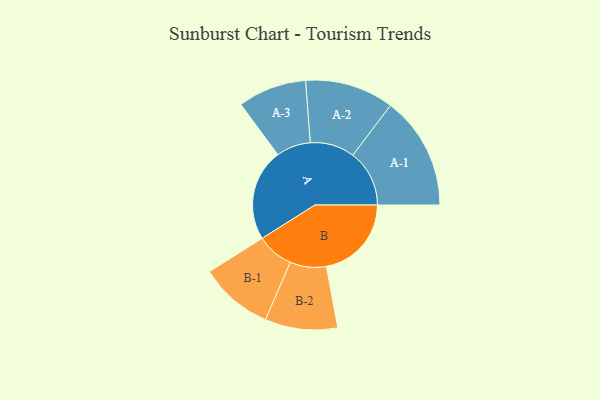
{"axis": {"x": "Segment", "y": "Value"}, "legend": ["", "A", "B"], "data": [{"x": "A", "y": 484, "type": ""}, {"x": "B", "y": 448, "type": ""}, {"x": "A-1", "y": 298, "type": "A"}, {"x": "A-2", "y": 234, "type": "A"}, {"x": "A-3", "y": 181, "type": "A"}, {"x": "B-1", "y": 194, "type": "B"}, {"x": "B-2", "y": 191, "type": "B"}]}